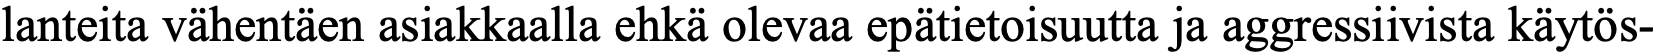
lanteita vähentäen asiakkaalla ehkä olevaa epätietoisuutta ja aggressiivista käytös-